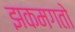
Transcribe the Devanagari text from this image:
झकमगतो